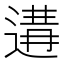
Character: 𨔸